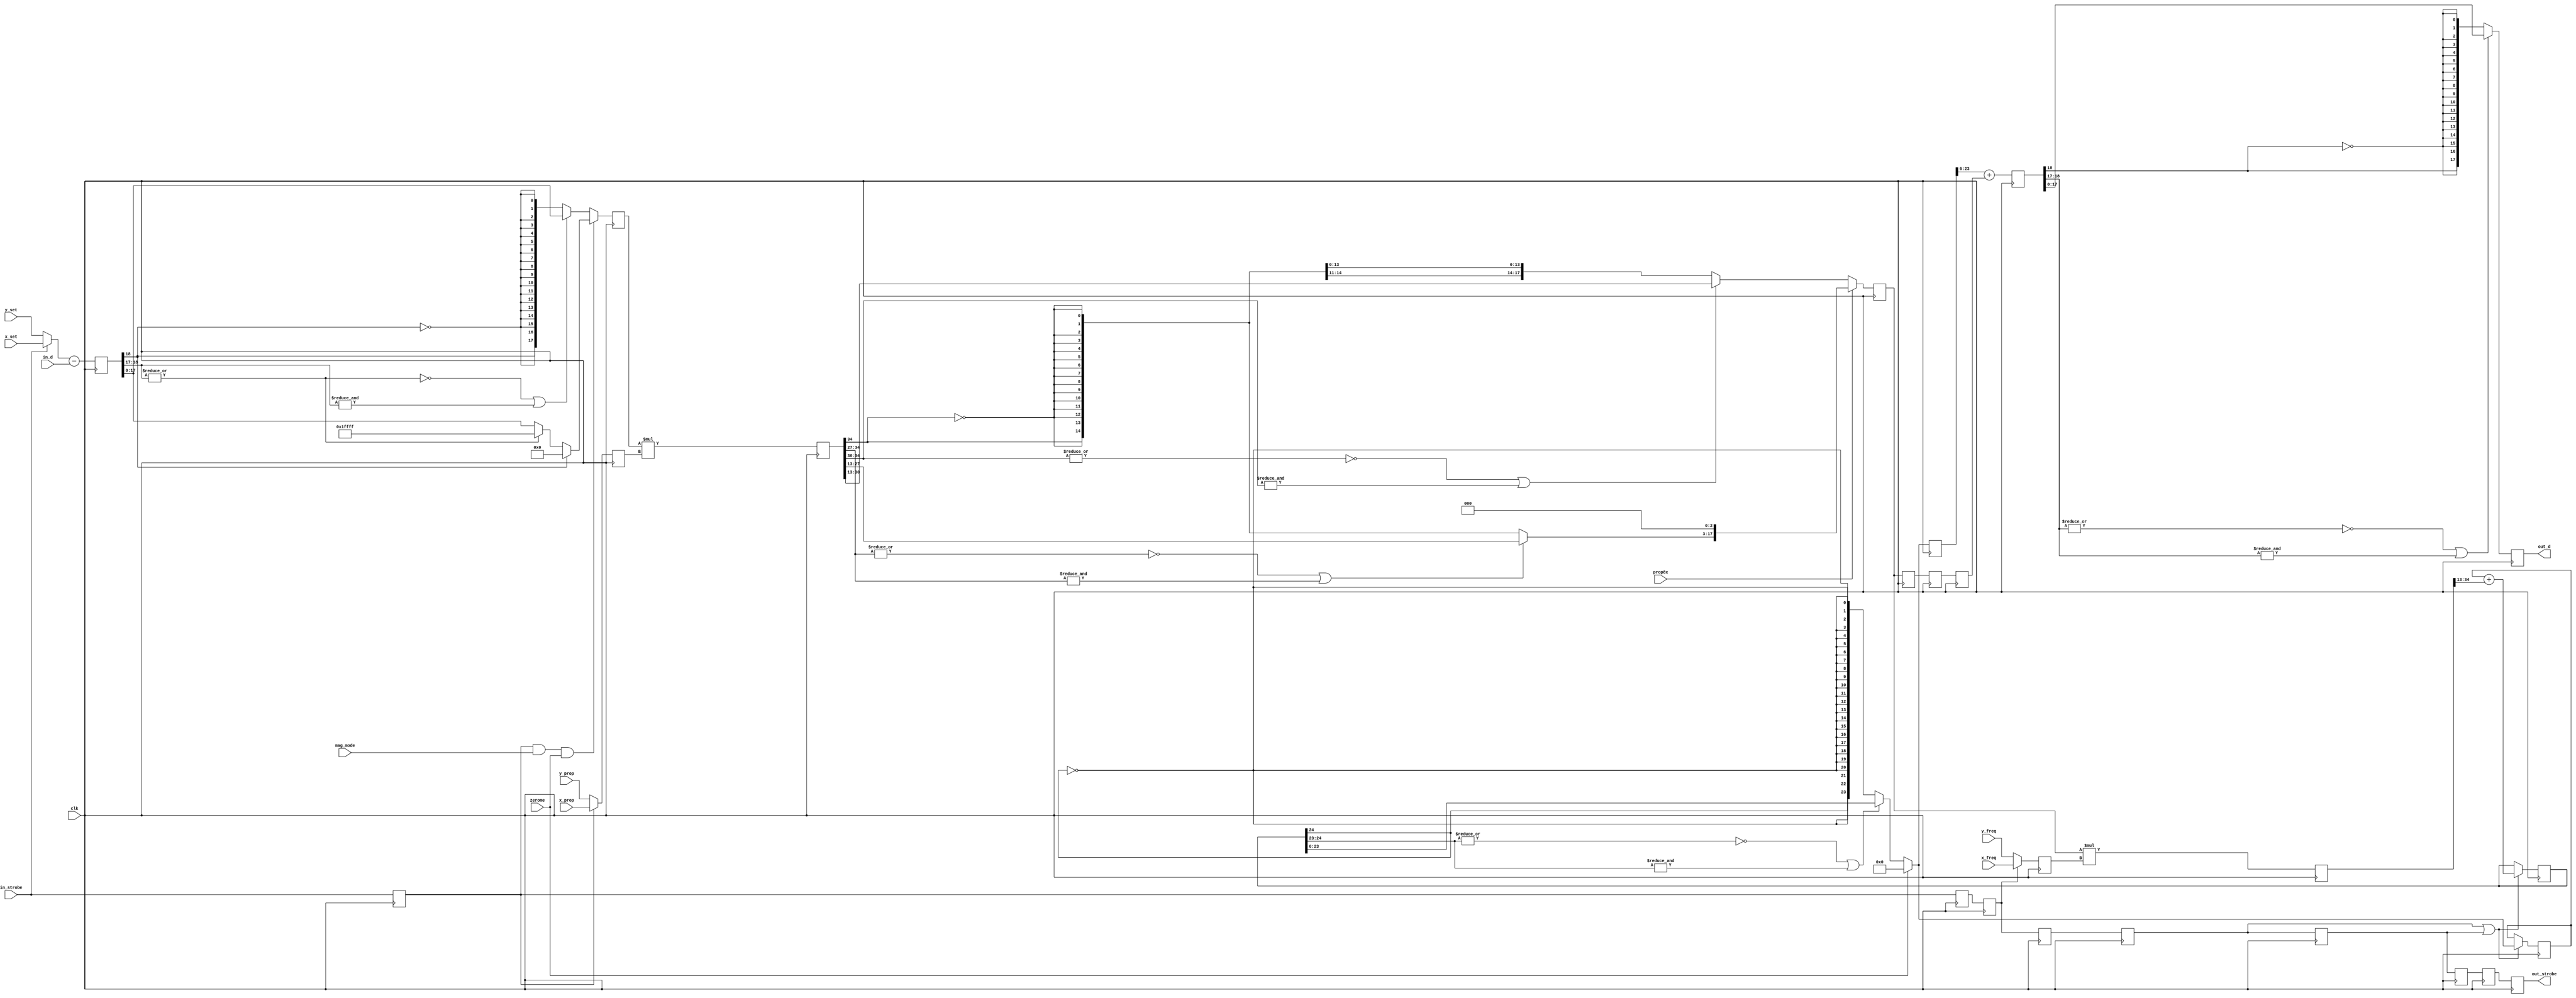
`timescale 1ns / 1ns

module pi_gain2(
	input clk,
	input signed [17:0] in_d,  // Pairs of data points, X and Y
	input in_strobe,  // signals X this clock, followed by Y
	output signed [17:0] out_d,
	output out_strobe,
	input zerome,
	input prop8x,
	input mag_mode,  // X difference restricted to positive values
	input signed [17:0] x_set,
	input signed [17:0] y_set,
	input signed [17:0] x_prop,
	input signed [17:0] y_prop,
	input signed [17:0] x_freq,
	input signed [17:0] y_freq
);

// Universal definition; note: old and new are msb numbers, not bit widths.
`define SAT(x,old,new) ((~|x[old:new] | &x[old:new]) ? x : {x[old],{new{~x[old]}}})

// First pipeline phase: subtract input from setpoint
reg signed [18:0] diff1=0;
reg signed [17:0] prop_coef=0;
reg strobe1=0;
always @(posedge clk) begin
	diff1 <= $signed(in_strobe ? x_set : y_set) - in_d;
	strobe1 <= in_strobe;
end

// Second pipeline phase: clip the difference
// In magnitude mode, restrict difference to be positive.
reg signed [17:0] diff2=0;
reg strobe2=0;
wire signed [17:0] mag_clip = diff1[18] ? 18'b0 : (~|diff1[18:17]) ? diff1 : {1'b0,{17{1'b1}}};
always @(posedge clk) begin
	diff2 <= (strobe1&mag_mode&zerome) ? mag_clip : `SAT(diff1,18,17);
	prop_coef <= strobe1 ? x_prop : y_prop;
	strobe2 <= strobe1;
end

// Third pipeline phase: multiply by proportional gain
reg signed [35:0] prop_full=0;
wire signed [21:0] prop = prop_full[34:13];
reg strobe3=0;
always @(posedge clk) begin
	prop_full <= diff2 * prop_coef;
	strobe3 <= strobe2;
end

// Fourth pipeline phase: clip
reg signed [17:0] prop_clip=0;
reg signed [17:0] int_in_coef=0;
reg strobe4=0;
always @(posedge clk) begin
	if (prop8x)
		prop_clip <= {`SAT(prop,21,14), 3'b0};   // 8x gain range
	else
		prop_clip <= `SAT(prop,21,17);           // default gain range
	int_in_coef <= strobe3 ? x_freq : y_freq;
	strobe4 <= strobe3;
end

// Fifth pipeline phase: multiply by integral coefficient (frequency)
reg signed [35:0] int_in_full=0;
wire signed [21:0] int_in = int_in_full[34:13];
reg strobe5=0;
always @(posedge clk) begin
	int_in_full <= prop_clip * int_in_coef;
	strobe5 <= strobe4;
end

// Sixth pipeline phase: accumulate integral term,
// Seventh pipeline phase: saturate
reg signed [24:0] accum1=0;
reg signed [23:0] accum2=0, accum3=0;
reg strobe6=0, strobe7=0;
always @(posedge clk) begin
	strobe6 <= strobe5;
	strobe7 <= strobe6;
	// Gross stupidity, can almost certainly be improved.
	if (strobe5 | strobe6) accum1 <= accum3 + int_in;
	                       accum2 <= zerome ? 24'b0 :`SAT(accum1,24,23);
	if (strobe5 | strobe6) accum3 <= zerome ? 24'b0 :`SAT(accum1,24,23);
end

// Seventh pipeline phase: combine P and I terms
// Eighth pipeline phase: saturate
reg signed [17:0] prop1=0, prop2=0, prop3=0;  // pipeline balance
reg signed [18:0] sum1=0;
reg signed [17:0] sum2=0;
reg strobe8=0, strobe9=0;
always @(posedge clk) begin
	prop1 <= prop_clip;
	prop2 <= prop1;
	prop3 <= prop2;
	sum1 <= $signed(accum2[23:6]) + prop3;
	sum2 <= `SAT(sum1,18,17);
	strobe8 <= strobe7;
	strobe9 <= strobe8;
end

assign out_d = sum2;
assign out_strobe = strobe9;

endmodule